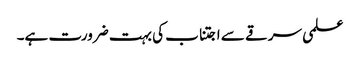
علمی سرقے سے اجتناب کی بہت ضرورت ہے۔